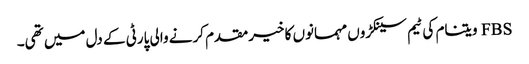
FBS ویتنام کی ٹیم سینکڑوں مہمانوں کا خیرمقدم کرنے والی پارٹی کے دل میں تھی۔